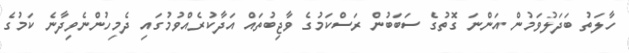
ހާލަތު ބަދަލުވަމުން އަންނަ ގޮތުގެ ސަބަބުން ރަސްކަމުގެ ވާޖިބުތައް އަދާކުރެއްވުމުގައި ދެމިހުންނެވިދާނެ ކަމުގެ